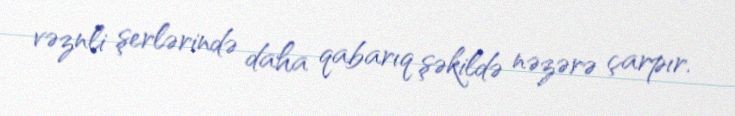
vəznli şerlərində daha qabarıq şəkildə nəzərə çarpır.